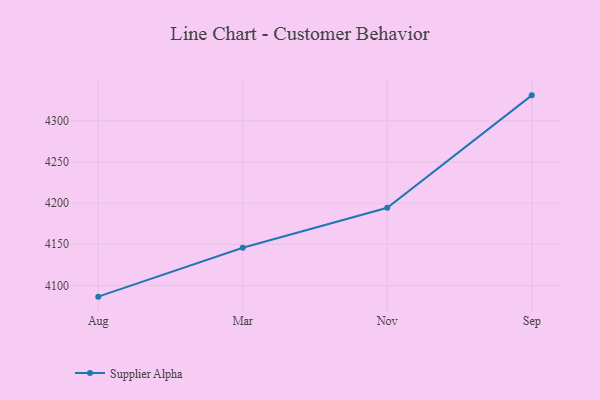
{"axis": {"x": "Month", "y": "Shipments"}, "legend": ["Supplier Alpha"], "data": [{"x": "Aug", "y": 4086.4, "type": "Supplier Alpha"}, {"x": "Mar", "y": 4145.8, "type": "Supplier Alpha"}, {"x": "Nov", "y": 4194.3, "type": "Supplier Alpha"}, {"x": "Sep", "y": 4330.9, "type": "Supplier Alpha"}]}